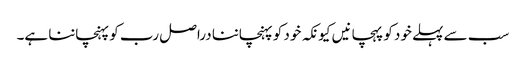
سب سے پہلے خود کو پہچانیں کیونکہ خود کو پہنچاننا دراصل رب کو پہنچاننا ہے۔